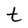
Character: t